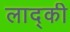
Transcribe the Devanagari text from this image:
लाद्की